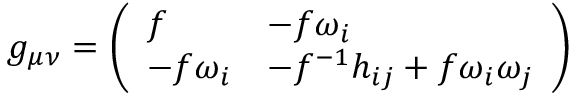
g _ { \mu \nu } = \left( \begin{array} { l l } { { f } } & { { - f \omega _ { i } } } \\ { { - f \omega _ { i } } } & { { - f ^ { - 1 } h _ { i j } + f \omega _ { i } \omega _ { j } } } \end{array} \right)